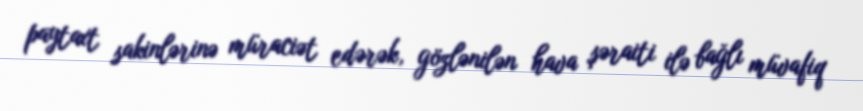
paytaxt sakinlərinə müraciət edərək, gözlənilən hava şəraiti ilə bağlı müvafiq